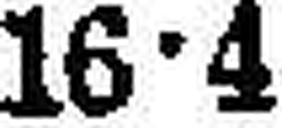
16•4